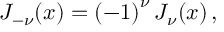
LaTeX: J _ { - \nu } ( x ) = \left( - 1 \right) ^ { \nu } J _ { \nu } ( x ) \, ,